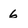
Character: 6